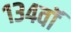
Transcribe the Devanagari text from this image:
१३४वॉ